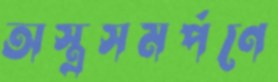
অস্ত্রসমর্পণে